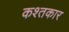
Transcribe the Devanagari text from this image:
कश्तकार